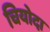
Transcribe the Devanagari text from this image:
चियोदा